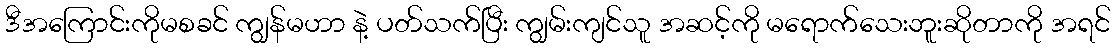
ဒီအကြောင်းကိုမစခင် ကျွန်မဟာ နဲ့ ပတ်သက်ပြီး ကျွမ်းကျင်သူ အဆင့်ကို မရောက်သေးဘူးဆိုတာကို အရင်